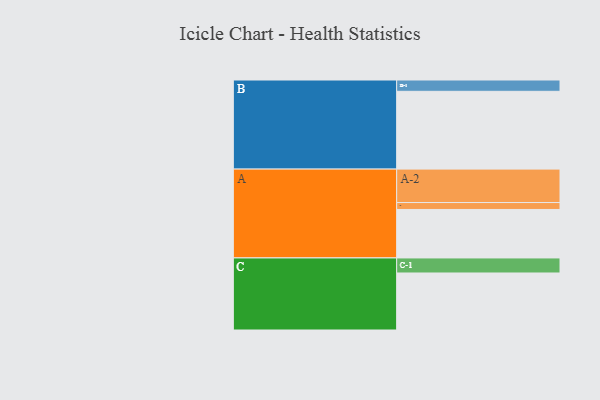
{"axis": {"x": "Segment", "y": "Value"}, "legend": ["", "A", "B", "C"], "data": [{"x": "A", "y": 364, "type": ""}, {"x": "B", "y": 584, "type": ""}, {"x": "C", "y": 428, "type": ""}, {"x": "A-1", "y": 52, "type": "A"}, {"x": "A-2", "y": 251, "type": "A"}, {"x": "B-1", "y": 85, "type": "B"}, {"x": "C-1", "y": 113, "type": "C"}]}